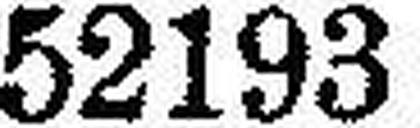
52193